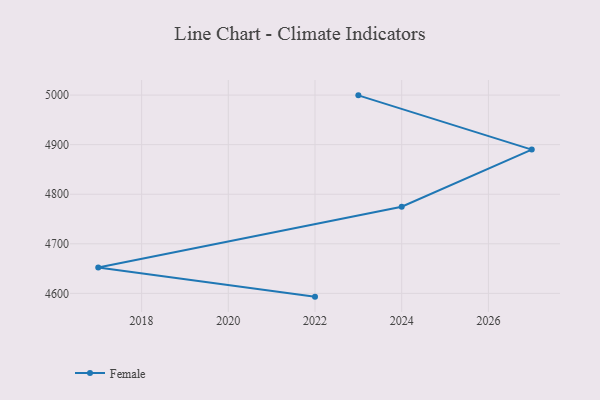
{"axis": {"x": "Year", "y": "Humidity (%)"}, "legend": ["Female"], "data": [{"x": "2022", "y": 4593.4, "type": "Female"}, {"x": "2017", "y": 4652.2, "type": "Female"}, {"x": "2024", "y": 4774.9, "type": "Female"}, {"x": "2027", "y": 4890.1, "type": "Female"}, {"x": "2023", "y": 4999.5, "type": "Female"}]}